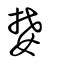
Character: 婪